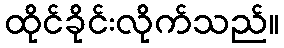
ထိုင်ခိုင်းလိုက်သည်။